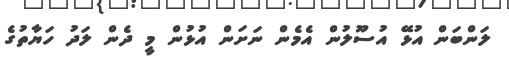
ލަންބަން އުޅޭ އުސޫލުން އެމެން ނަށަން އުޅުން މީ ދެން ލަދު ހަޔާތުގެ